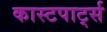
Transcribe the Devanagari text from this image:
कास्टपार्ट्स